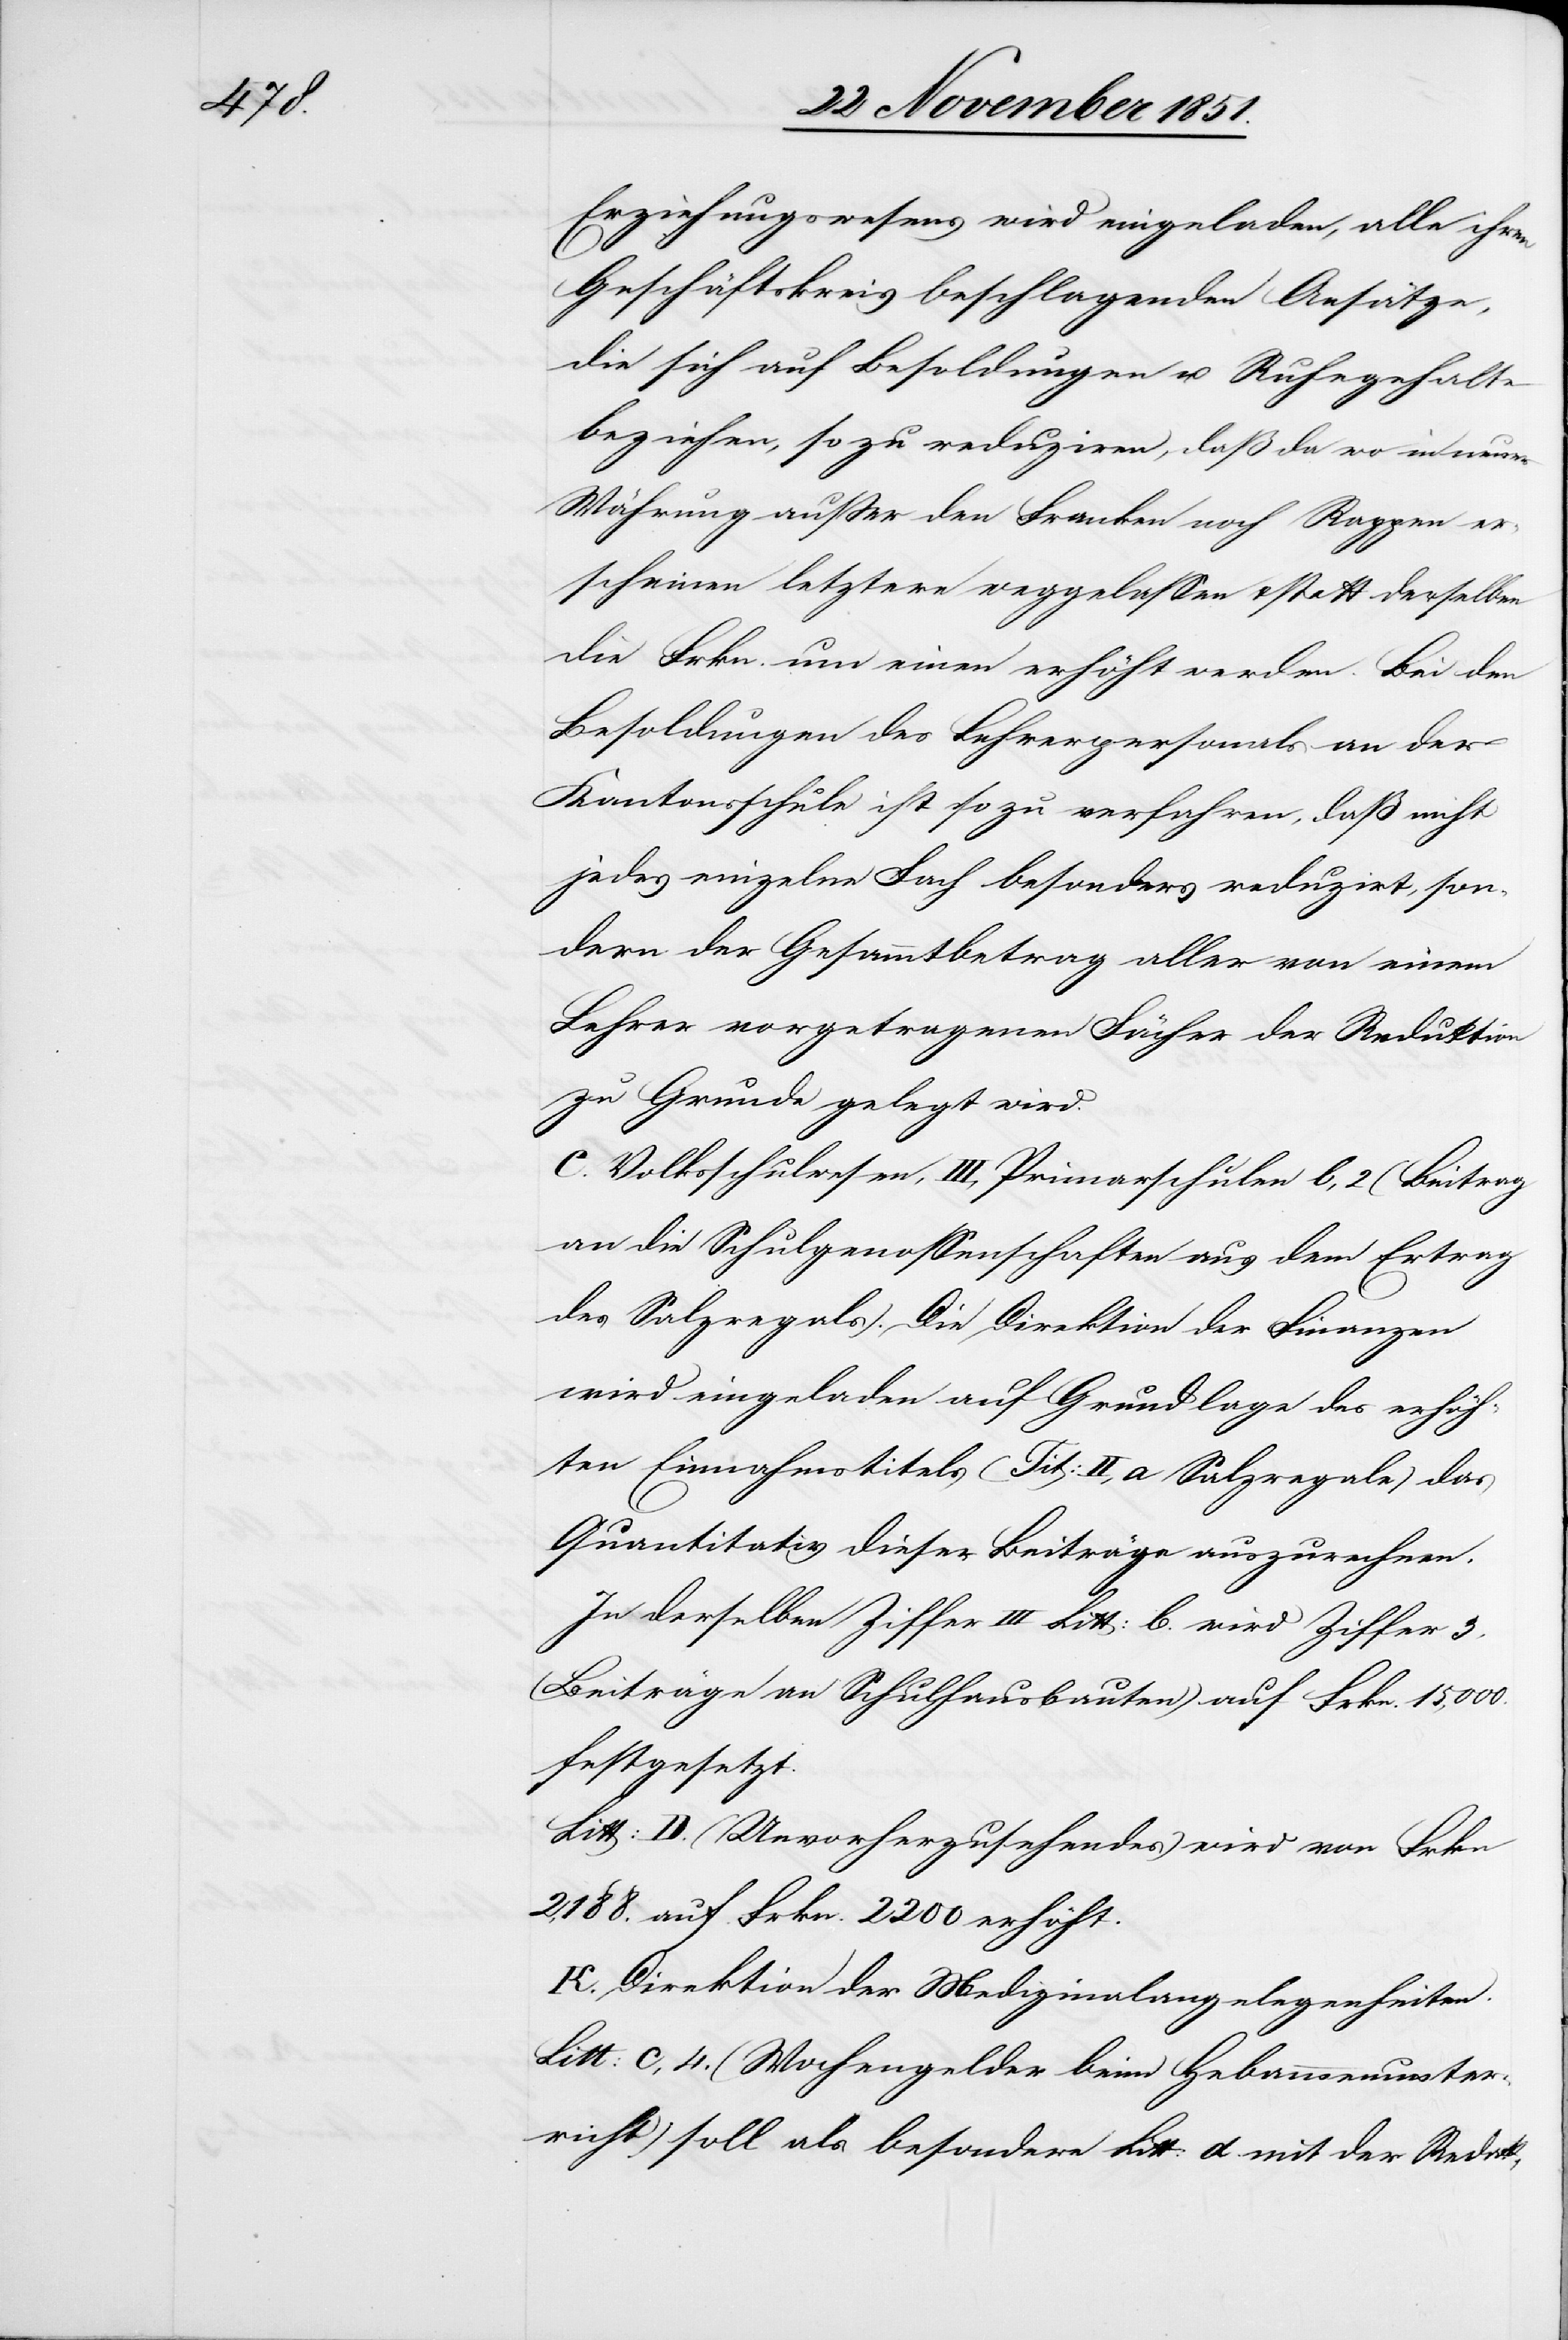
Erziehungswesens wird eingeladen, alle ihren
Geschäftskreis beschlagenden Ansätze,
die sich auf Besoldungen u. Ruhegehalte
beziehen, so zu reduziren, daß da wo in neuer
Währung außer den Franken noch Rappen er¬
scheinen letztere weggelassen & statt derselben
die Frkn. um einen erhöht werden. Bei den
Besoldungen des Lehrerpersonals an der
Kantonsschule ist so zu verfahren, daß nicht
jedes einzelne Fach besonders reduzirt, son¬
dern der Gesammtbetrag aller von einem
Lehrer vorgetragenen Fächer der Reduktion
zu Grunde gelegt wird.
C. Volksschulwesen, III, Primarschulen b, 2 (Beitrag
an die Schulgenossenschaften aus dem Ertrag
des Salzregals). Die Direktion der Finanzen
wird eingeladen auf Grundlage des erhöh¬
ten Einnahmstitels (Tit: II, a Salzregale) das
Quantitativ dieser Beiträge auszurechnen.
In derselben Ziffer III Litt: b. wird Ziffer 3,
(Beiträge an Schulhausbauten) auf Frkn. 15,000.
festgesetzt.
Litt: D. (Unvorherzusehendes) wird von Frkn
2,188. auf Frkn. 2200 erhöht.
K. Direktion der Medizinalangelegenheiten.
Litt: c, 4. (Wochengelder beim Hebammenunter¬
richt) soll als besondere Litt: d. mit der Redak-